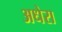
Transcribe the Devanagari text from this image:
अधेरा